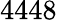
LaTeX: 4448